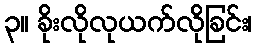
၃။ ခိုးလိုလုယက်လိုခြင်း၊